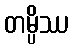
တမ္ပိဿ